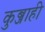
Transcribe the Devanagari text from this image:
कुब्जाही